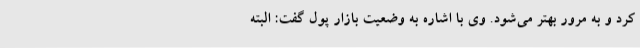
کرد و به مرور بهتر می‌شود. وی با اشاره به وضعیت بازار پول گفت: البته